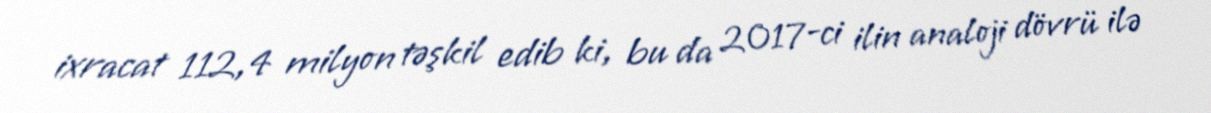
ixracat 112,4 milyon təşkil edib ki, bu da 2017-ci ilin analoji dövrü ilə